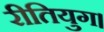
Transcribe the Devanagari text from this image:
रीतियुग।